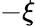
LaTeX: -\xi